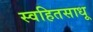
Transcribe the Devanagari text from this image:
स्वहितसाधू